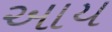
આય